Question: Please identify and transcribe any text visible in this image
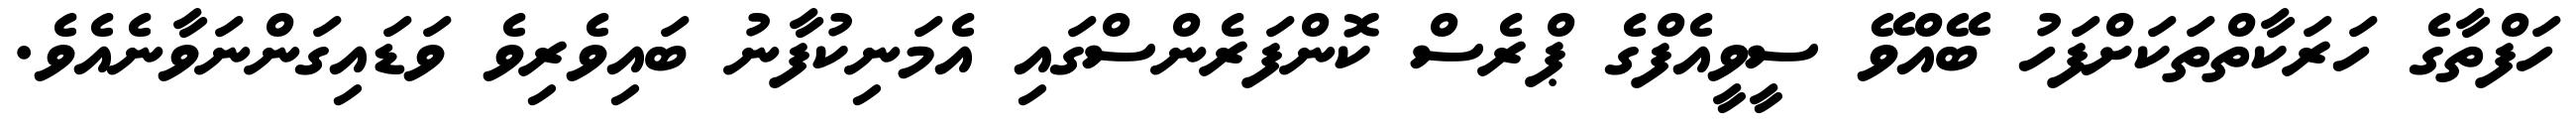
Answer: ހަފްތާގެ ހަރަކާތްތަކަށްފަހު ބޭއްވޭ ސީވީއެފްގެ ޕްރެސް ކޮންފަރެންސްގައި އެމަނިކުފާނު ބައިވެރިވެ ވަޑައިގަންނަވާނެއެވެ.